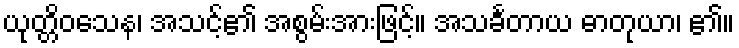
ယုတ္တိဝသေန၊ အသင့်၏ အစွမ်းအားဖြင့်။ အသင်္ခတာယ ဓာတုယာ၊ ၏။